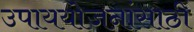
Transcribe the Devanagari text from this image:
उपाययोजनांसाठी